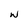
Character: W